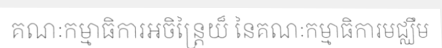
គណៈកម្មាធិការអចិន្ត្រៃយ៏ នៃគណៈកម្មាធិការមជ្ឈឹម